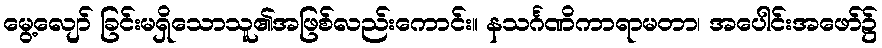
မွေ့လျော် ခြင်းမရှိသောသူ၏အဖြစ်လည်းကောင်း။ နသင်္ဂဏိကာရာမတာ၊ အပေါင်းအဖော်၌